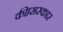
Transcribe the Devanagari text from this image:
की।सरकार